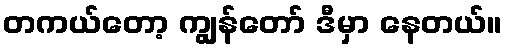
တကယ်တော့ ကျွန်တော် ဒီမှာ နေတယ်။